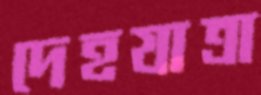
দেহযাত্রা